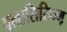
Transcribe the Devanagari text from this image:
क्लासिसिज्म़